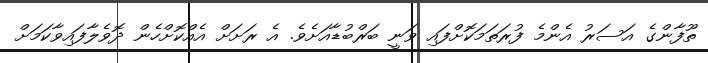
ތޫފާންގެ އަސަރު އެންމެ ފުރަތަމަކޮށްފައި ވަނީ ބަރްބުޑާއަށެވެ. އެ ރަށަށް އެއްކޮށްހެން ދޮވެލާފައިވާކަމަށް